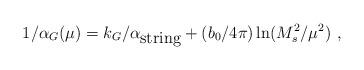
LaTeX: \begin{align*}1/\alpha_G(\mu)= k_G/\alpha_{\mbox{string}} + ({b_0/{4\pi}}) \ln ({M_s^2/ \mu^2})~,\end{align*}